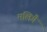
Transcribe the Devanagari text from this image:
मलिगै